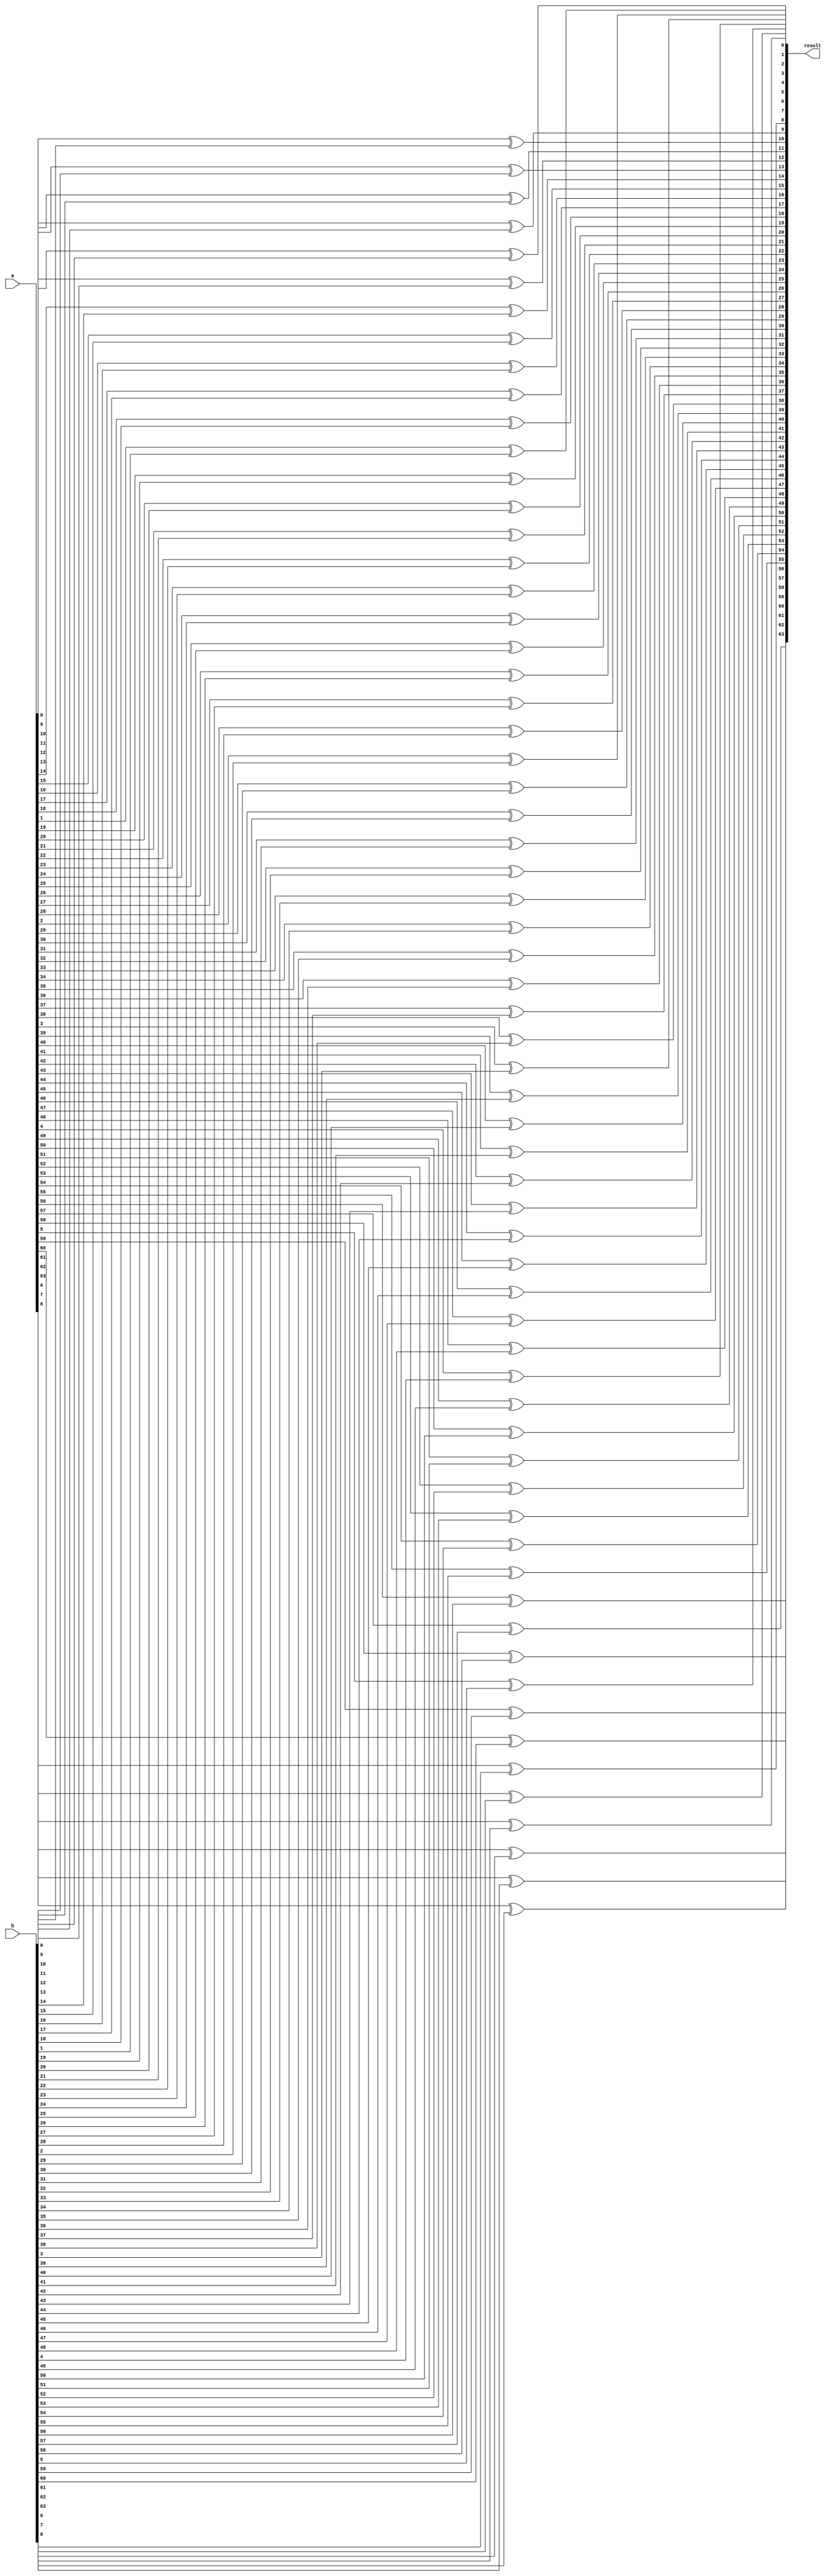
module xor_64bit(
    input signed [64:1]a,
    input signed [64:1]b,
    output signed [64:1]result
);

genvar i;
generate 
    for(i = 1; i < 65; i = i + 1) 
        xor g1(result[i],a[i],b[i]);
endgenerate

endmodule